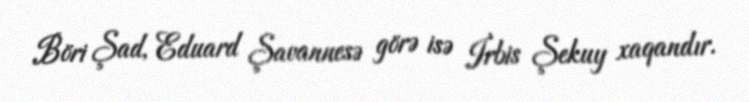
Böri Şad, Eduard Şavannesə görə isə İrbis Şekuy xaqandır.